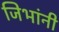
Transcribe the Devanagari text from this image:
जिभांनी